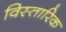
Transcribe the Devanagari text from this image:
विस्तारिक